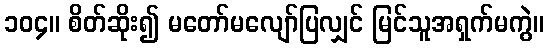
၁၀၄။ စိတ်ဆိုး၍ မတော်မလျော်ပြလျှင် မြင်သူအရှက်မကွဲ။